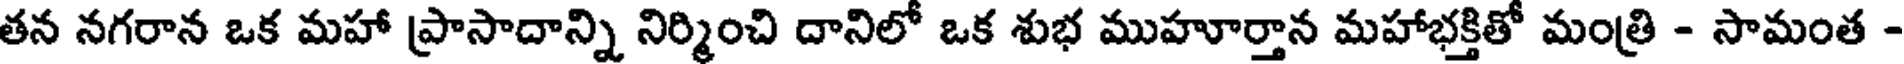
తన నగరాన ఒక మహా ప్రాసాదాన్ని నిర్మించి దానిలో ఒక శుభ ముహూర్తాన మహాభక్తితో మంత్రి - సామంత -